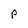
Character: P